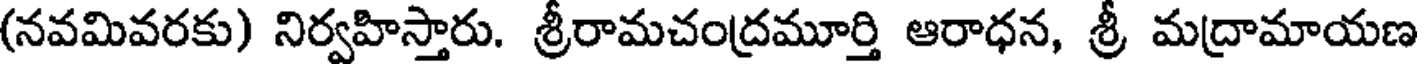
(నవమివరకు) నిర్వహిస్తారు. శ్రీరామచంద్రమూర్తి ఆరాధన, శ్రీ మద్రామాయణ